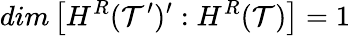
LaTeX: dim\left[H^{R}({\cal T}^{\prime})^{\prime}:H^{R}({\cal T})\right]=1